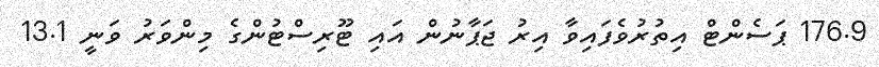
176.9 ޕަސެންޓް އިތުރުވެފައިވާ އިރު ޖަޕާނުން އައި ޓޫރިސްޓުންގެ މިންވަރު ވަނީ 13.1